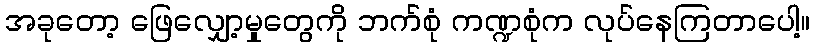
အခုတော့ ဖြေလျှော့မှုတွေကို ဘက်စုံ ကဏ္ဍစုံက လုပ်နေကြတာပေါ့။